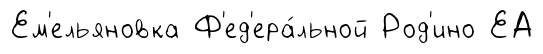
Ем'ельяновка Ф'ед'ера́льной Род'ино ЕА